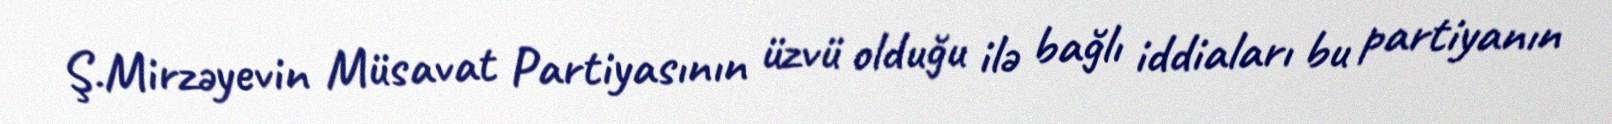
Ş.Mirzəyevin Müsavat Partiyasının üzvü olduğu ilə bağlı iddiaları bu partiyanın